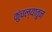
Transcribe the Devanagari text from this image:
कुंचल्यातुन